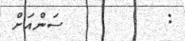
:         ސަންއަށް